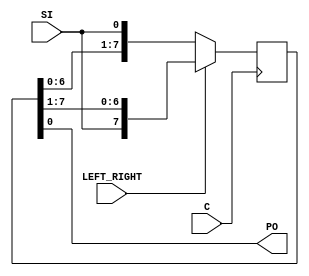
module shift_left_right (C, SI, LEFT_RIGHT, PO);
input  C,SI,LEFT_RIGHT; 
output PO; 
reg [7:0] tmp; 
 
  always @(posedge C) 
  begin 
    if (LEFT_RIGHT==1'b0) 
      begin 
        tmp = {tmp[6:0], SI}; 
      end 
    else 
      begin 
        tmp = {SI, tmp[7:1]}; 
      end 
  end 
  assign PO  = tmp; 
endmodule